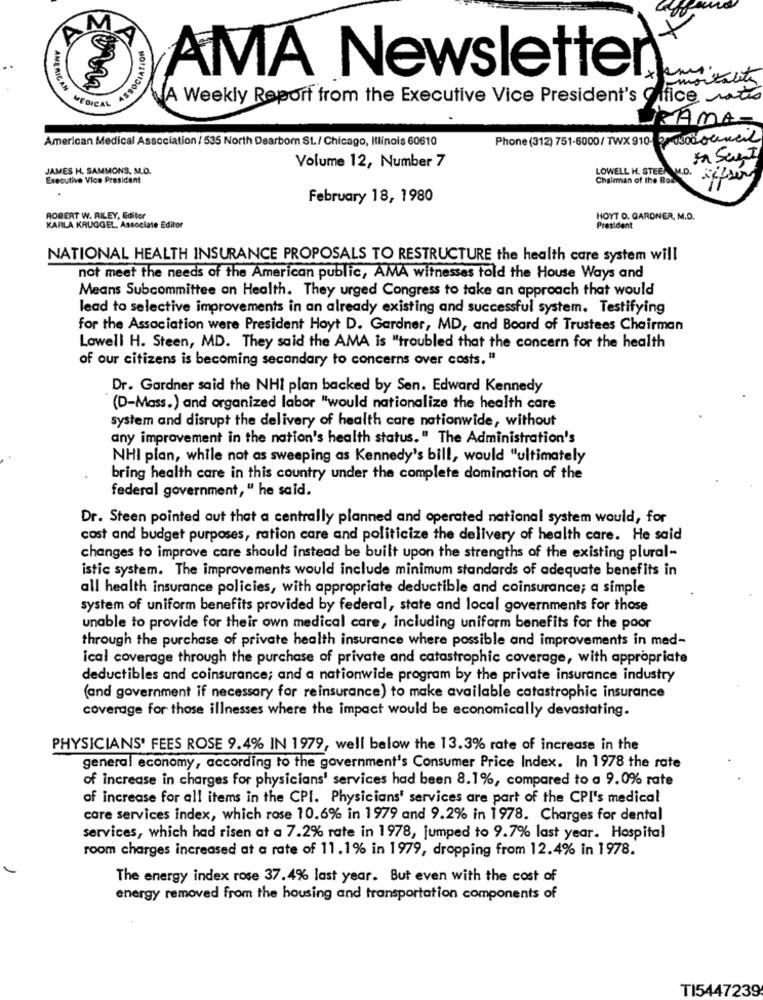
ASSOCIA
AMA Newsletter
mortality
AMERICAN
A Weekly Report from the Executive Vice President's Office Mat
MEDICAL
TRAMA=
American Medical Association / 535 North Dearborn St./ Chicago, Illinois 60610
Phone (312) 751-6000/TWX 910- 2 council
Volume 12, Number 7
In Sant
JAMES H. SAMMONS, M.D.
Executive Vice President
LOWELL H. STEE. M.D.
Chairman of the Box
February 18, 1980
ROBERT W. RILEY, Editor
HOYT O. GARDNER, M.D.
KARLA KRUGGEL, Associate Editor
President
NATIONAL HEALTH INSURANCE PROPOSALS TO RESTRUCTURE the health care system will
not meet the needs of the American public, AMA witnesses told the House Ways and
Means Subcommittee on Health. They urged Congress to take an approach that would
lead to selective improvements in an already existing and successful system. Testifying
for the Association were President Hoyt D. Gardner, MD, and Board of Trustees Chairman
Lowell H. Steen, MD. They said the AMA is "troubled that the concern for the health
of our citizens is becoming secondary to concerns over costs. "
Dr. Gardner said the NHI plan backed by Sen. Edward Kennedy
(D-Mass.) and organized labor "would nationalize the health care
system and disrupt the delivery of health care nationwide, without
any improvement in the nation's health status." The Administration's
NHI plan, while not as sweeping as Kennedy's bill, would "ultimately
bring health care in this country under the complete domination of the
federal government, " he said.
Dr. Steen pointed out that a centrally planned and operated national system would, for
cost and budget purposes, ration care and politicize the delivery of health care. He said
changes to improve care should instead be built upon the strengths of the existing plural-
istic system. The improvements would include minimum standards of adequate benefits in
all health insurance policies, with appropriate deductible and coinsurance; a simple
system of uniform benefits provided by federal, state and local governments for those
unable to provide for their own medical care, including uniform benefits for the poor
through the purchase of private health insurance where possible and improvements in med-
ical coverage through the purchase of private and catastrophic coverage, with appropriate
deductibles and coinsurance; and a nationwide program by the private insurance industry
(and government if necessary for reinsurance) to make available catastrophic insurance
coverage for those illnesses where the impact would be economically devastating.
PHYSICIANS' FEES ROSE 9.4% IN 1979, well below the 13.3% rate of increase in the
general economy, according to the government's Consumer Price Index. In 1978 the rate
of increase in charges for physicians' services had been 8.1%, compared to a 9.0% rate
of increase for all items in the CPI. Physicians' services are part of the CPI's medical
care services index, which rose 10.6% in 1979 and 9.2% in 1978. Charges for dental
services, which had risen at a 7.2% rate in 1978, jumped to 9.7% last year. Hospital
room charges increased at a rate of 11.1% in 1979, dropping from 12.4% in 1978.
The energy index rose 37.4% last year. But even with the cost of
energy removed from the housing and transportation components of
TI5447239